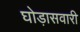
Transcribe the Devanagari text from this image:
घोड़ासवारी